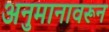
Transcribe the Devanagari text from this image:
अनुमानावरून